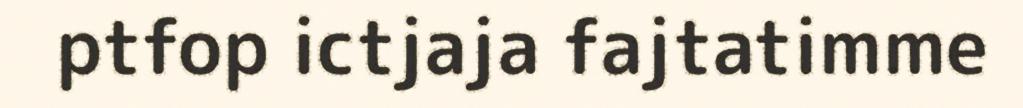
ptfop ictjaja fajtatimme